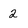
Character: 2